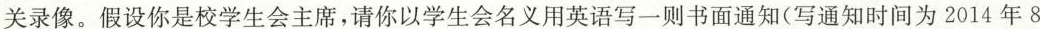
关录像。假设你是校学生会主席，请你以学生会名义用英语写一则书面通知（写通知时间为2014年8